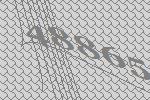
48865